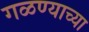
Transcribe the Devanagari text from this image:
गळण्याच्या